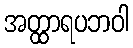
အတ္ထာရပဘဝါ